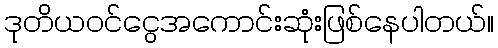
ဒုတိယဝင်ငွေအကောင်းဆုံးဖြစ်နေပါတယ်။